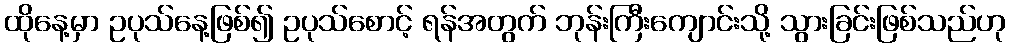
ထိုနေ့မှာ ဥပုသ်နေ့ဖြစ်၍ ဥပုသ်စောင့် ရန်အတွက် ဘုန်းကြီးကျောင်းသို့ သွားခြင်းဖြစ်သည်ဟု